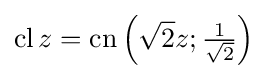
\operatorname {cl} z={\operatorname {cn} }\left({\sqrt {2}}z;{\tfrac {1}{\sqrt {2}}}\right)